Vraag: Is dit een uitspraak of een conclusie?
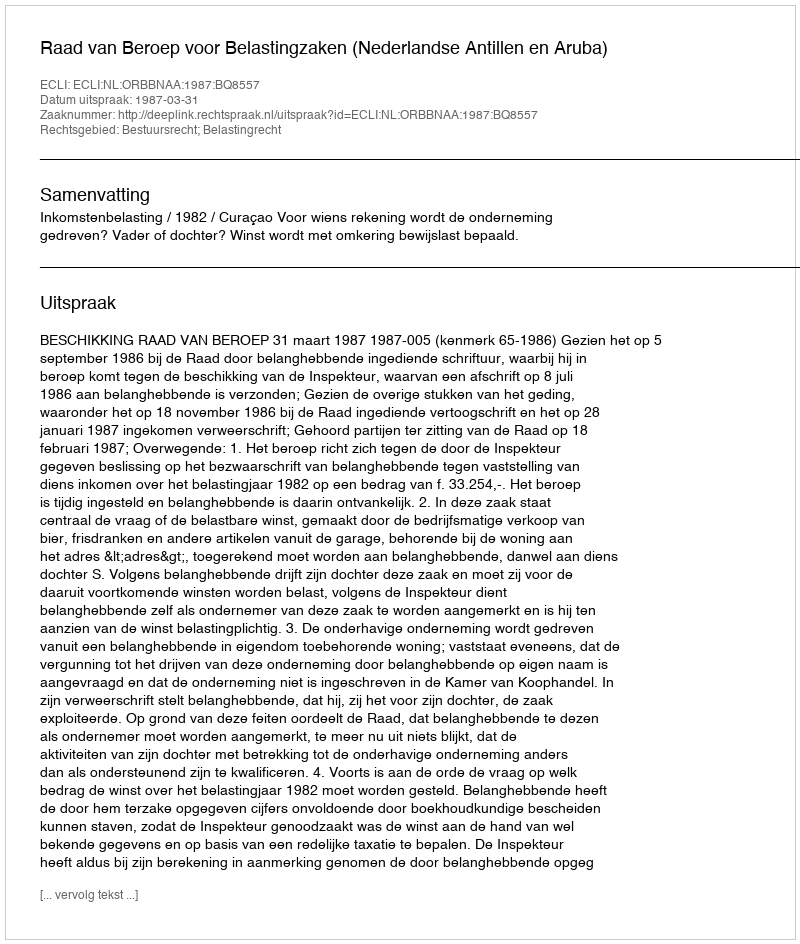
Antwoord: Uitspraak